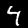
Label: 4